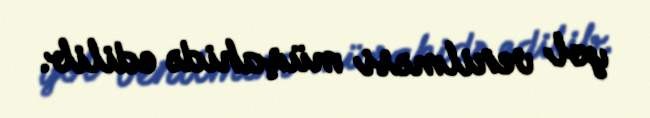
yol verilməsi müşahidə edilib.